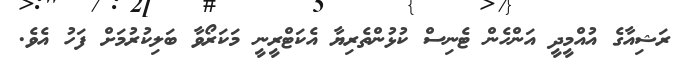
ރަޝިއާގެ އުއްމީދީ އަންހެން ޓެނިސް ކުޅުންތެރިޔާ އެކަޓްރީނީ މަކަރޯވާ ބަލިކުރުމަށް ފަހު އެވެ.